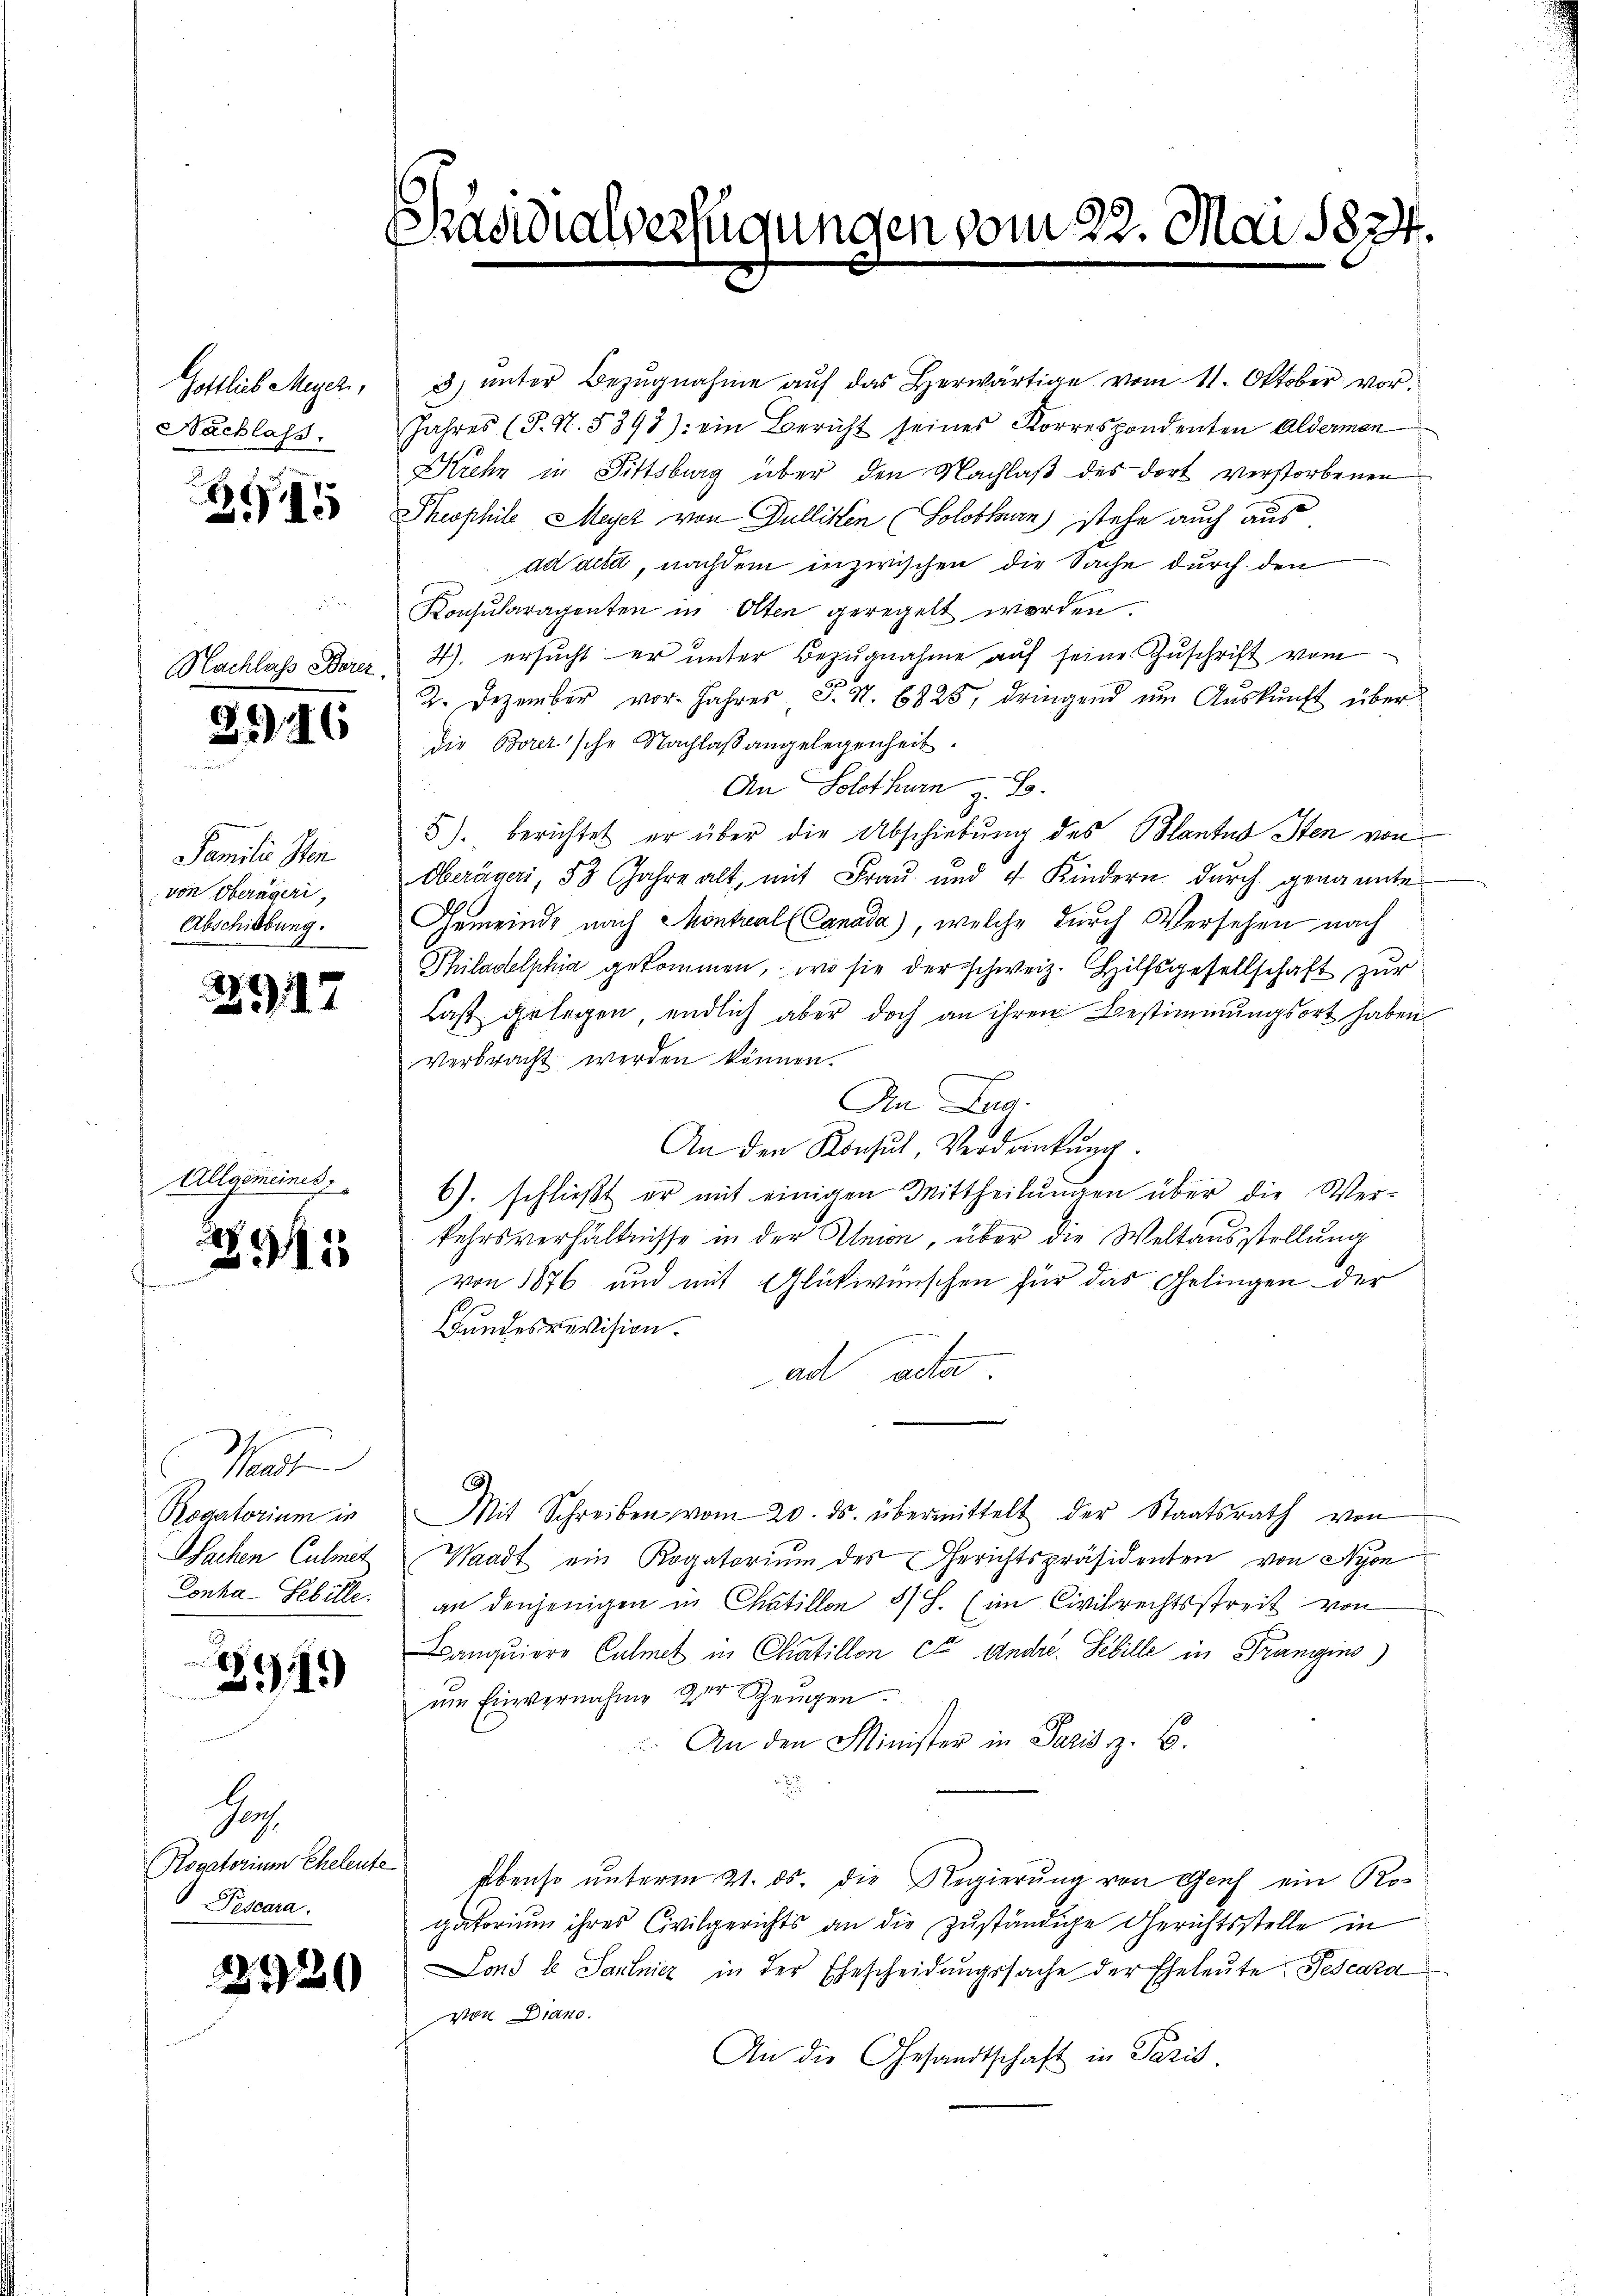
Gottlich Meyer,
Nachlass.

915

Nachlass Borez

316

Familie Ster
von Oberägeri,
Abschiebung.

2917

Allgemeines

2.
3915

at
Podatorium in
Wachen Culmit
Ponka Gebille.

291)

Jah
Rogatorium Eheleute
Pescara.

2920

Shasidialverfügungen vom 22. Mai 1874.

3) unter Bezugnahme auf das Herwärtige vom 11. Oktober vor.
Jahres (T. N. 5393): ein Bericht seines Korrespondenten Alderman
Kiehn in Fittsburg über den Nachlaß des dort verstorbenen
Theophilo Meyer von Dulliken (Solothurn) stehe auch aus
ad acta, nachdem inzwischen die Sache durch den
Konsularagenten in Olten geregelt worden.
4), ersucht er unter Bezugnahme auf seine Zuschrift vom
2. Dezember vor. Jahres, S. S. 6825, dringend um Auskunft über
die Borer'sche Nachlaßangelegenheit.
An Solothurn z. B.
5) berichtet er über die Abschiebung des Blantus Iten von
Oberägeri 53 Jahre alt, mit Frau und 4 Kindern durch genannte
Gemeinde nach Montral Canada), welche durch Versehen nach
Philadelphia gekommen, wo sie der schweiz. Hilfsgesellschaft zur
Last gelegen, endlich aber doch an ihren Bestimmungsort haben
verbracht werden können.
An Lag
An den Konsul, Verdankŭng.
6). schließt er mit einigen Mittheilungen über die Werkehrsverhältnisse in der Union, über die Weltausstellung
von 1876 und mit Glückwünschen für das Gelingen der
Bundesrevision.
ad acter
3
Mit Schreiben vom 20. ds. übermittelt der Staatsrath von
Waadt ein Rogatorium des Gerichtspräsidenten von Nyon
an denjenigen in Chaillon 8 S. (im Civilrechtsstreit von
Banquiere Culmet in Chatillon cit Andre. Febille in Trangins)
em Einvernahme der Zeugen.
 An den Minister in Paris z. B.
u
ebenso unterm 21. ds. die Regierung von Genf ein Rogatorium ihres Civilgerichts an die zuständige Gerichtsstelle in
Lons le Saulnicz in der Ehescheidungssache der Eheleute Pescara
von Diano.
An die Gesandtschaft in Paris.